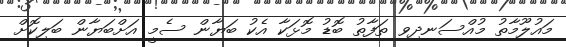
މައުލޫމާތު މުއްސަނދިވި ތަފާތު ބޮޑު މޮޅަކާ އެކު ބަޔާން ސެމީ އަށްބަޔާން ބަލިކޮށް